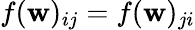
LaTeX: f(\mathbf{w})_{ij}=f(\mathbf{w})_{ji}